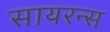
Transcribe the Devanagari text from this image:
सायरन्स